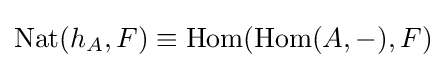
\mathrm {Nat} (h_{A},F)\equiv \mathrm {Hom} (\mathrm {Hom} (A,-),F)